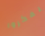
يفكروا